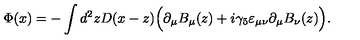
\Phi ( x ) = - \int d ^ { 2 } z D ( x - z ) \Big ( \partial _ { \mu } B _ { \mu } ( z ) + i \gamma _ { 5 } \varepsilon _ { \mu \nu } \partial _ { \mu } B _ { \nu } ( z ) \Big ) .